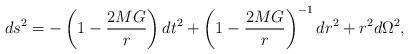
LaTeX: \begin{align*}ds^{2}=-\left( 1-\frac{2MG}{r}\right) dt^{2}+\left( 1-\frac{2MG}{r}\right)^{-1}dr^{2}+r^{2}d\Omega ^{2},\end{align*}